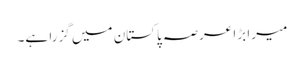
میرا بڑا عرصہ پاکستان میں گزرا ہے۔